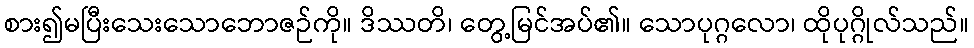
စား၍မပြီးသေးသောဘောဇဉ်ကို။ ဒိဿတိ၊ တွေ့မြင်အပ်၏။ သောပုဂ္ဂလော၊ ထိုပုဂ္ဂိုလ်သည်။